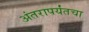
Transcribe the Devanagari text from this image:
अंतरापर्यंतचा